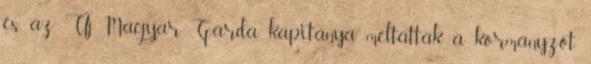
és az Új Magyar Gárda kapitánya méltatták a kormányzót